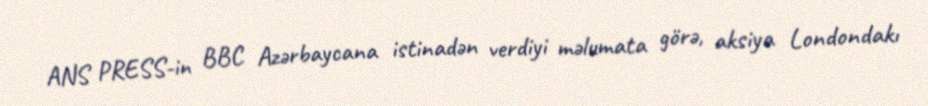
ANS PRESS-in BBC Azərbaycana istinadən verdiyi məlumata görə, aksiya Londondakı